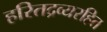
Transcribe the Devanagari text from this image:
हरितद्रव्यरहित